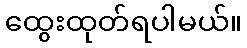
ထွေးထုတ်ရပါမယ်။